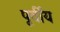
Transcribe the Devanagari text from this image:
पूर्वींय